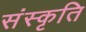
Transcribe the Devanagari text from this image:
संस्‍कृति